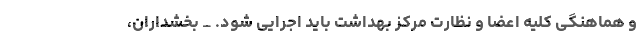
و هماهنگی کلیه اعضا و نظارت مرکز بهداشت باید اجرایی شود. _ بخشداران،